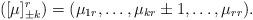
LaTeX: \begin{align*}([\mu]^r_{\pm k}) = (\mu_{1r},\ldots,\mu_{kr}\pm 1,\ldots, \mu_{rr}).\end{align*}